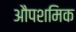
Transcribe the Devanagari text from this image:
औपशमिक